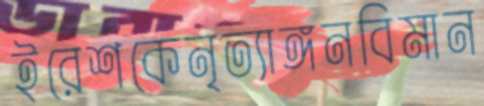
ইরেশকেনৃত্যাঙ্গনবিমান